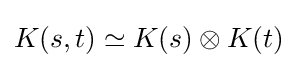
K(s,t)\simeq K(s)\otimes K(t)